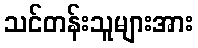
သင်တန်းသူများအား